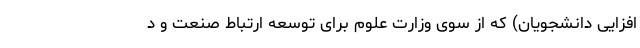
افزایی دانشجویان) که از سوی وزارت علوم برای توسعه ارتباط صنعت و د